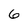
Character: 6